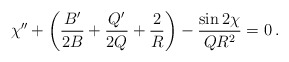
\begin{align*}\chi''+\left( {B'\over 2B}+{Q'\over 2Q}+{2\over R}\right)-{\sin 2\chi \over QR^2} =0\,.\end{align*}